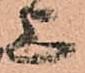
上